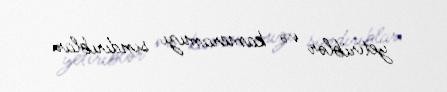
yetiriblər və kameramızı sındırıblar.